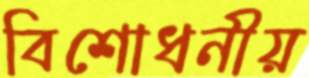
বিশোধনীয়